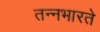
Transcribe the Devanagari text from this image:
तन्नभारते